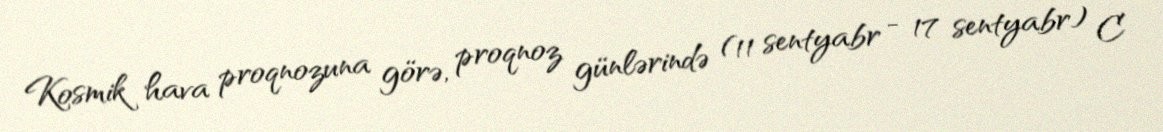
Kosmik hava proqnozuna görə, proqnoz günlərində (11 sentyabr - 17 sentyabr) C